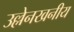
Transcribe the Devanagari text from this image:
उल्लेनखनीय